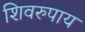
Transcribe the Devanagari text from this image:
शिवरुपाय